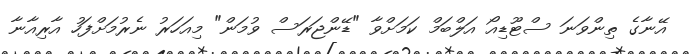
އޭނާގެ ތިންވަނަ ސްޓޫޑިއޯ އަލްބަމް ކަމަށްވާ "ޑޭންޖަރަސް ވުމަން" މިއަހަރު ނެރުމަށްފަހު އާރިއާނާ